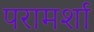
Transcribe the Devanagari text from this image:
परामर्शा